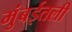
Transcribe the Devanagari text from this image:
मुंबईतली